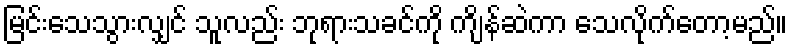
မြင်းသေသွားလျှင် သူလည်း ဘုရားသခင်ကို ကျိန်ဆဲကာ သေလိုက်တော့မည်။